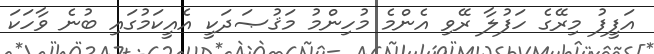
އަފީފު މިރޭގެ ހަފުލާ ރޭވި އެންމެ މުހިންމު މަޤުޞަދަކީ އެއީކަމުގައި ބުނެ ވާހަކަ